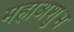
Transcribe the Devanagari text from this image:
महाअशुभ